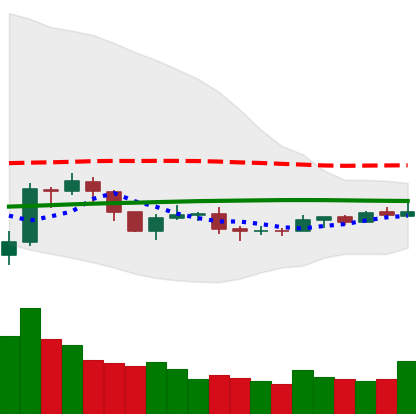
Ticker: NEO-USD
Chart end date: 2019-08-05
Forward return: -12.139%
Label: down_7plus